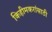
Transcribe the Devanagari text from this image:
किहीमकरांसाठी